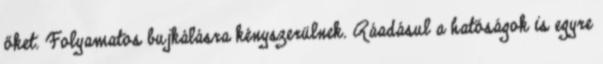
őket. Folyamatos bujkálásra kényszerülnek. Ráadásul a hatóságok is egyre